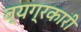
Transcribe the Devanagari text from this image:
व्यग्रकारी